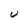
Character: U